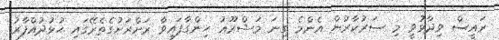
ރައީސް ވިދާޅުވީ މި ސަރުކާރުން އެންމެ ގިނަ މަޝްރޫޢު ހިންގާފައިވާ ރަށްރަށުގެތެރޭގައި ހުޅުދުއްފާރު